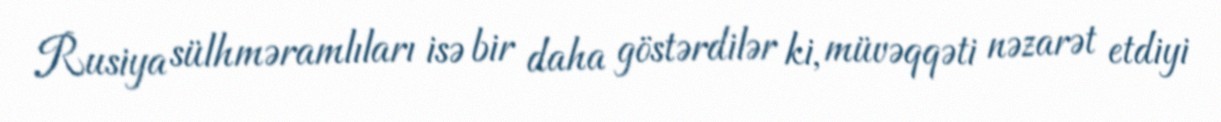
Rusiya sülhməramlıları isə bir daha göstərdilər ki, müvəqqəti nəzarət etdiyi